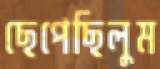
ছেপেছিলুম